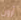
آرون